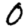
Digit: 0